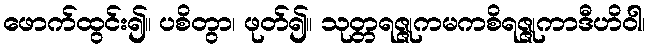
ဖောက်ထွင်း၍။ ပစိတွာ၊ ဖုတ်၍။ သုတ္တရဇ္ဇုကမကစိရဇ္ဇုကာဒီဟိဝါ၊